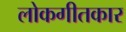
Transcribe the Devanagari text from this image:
लोकगीतकार